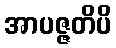
အာပဇ္ဇတိပိ